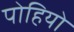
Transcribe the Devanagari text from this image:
पोहियो